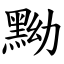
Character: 黝